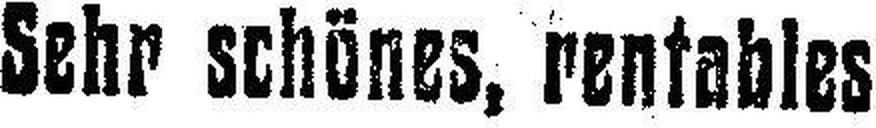
Sehr schönes, rentables